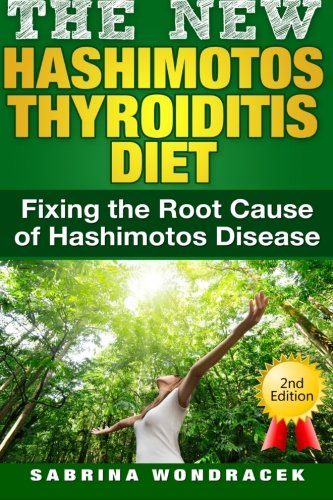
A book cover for Hashimotos: Hashimotos Diet: An easy step-by-step Guide for Fixing the Root Cause of Hashimotos Thyroiditis; Sabrina Wondracek; Health, Fitness & Dieting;